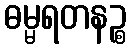
ဓမ္မရတနဉ္စ